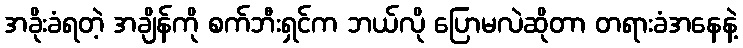
အခိုးခံရတဲ့ အချိန်ကို စက်ဘီးရှင်က ဘယ်လို ပြောမလဲဆိုတာ တရားခံအနေနဲ့